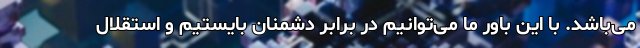
می‌باشد. با این باور ما می‌توانیم در برابر دشمنان بایستیم و استقلال